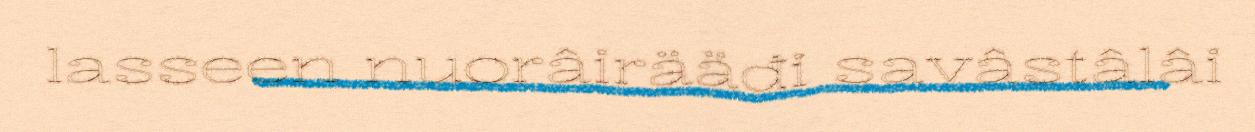
lasseen nuorâirääđi savâstâlâi